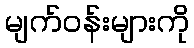
မျက်ဝန်းများကို